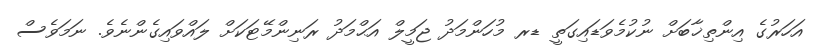
އަހަރުގެ އިންތިޚާބަށް ނުކުމެވަޑައިގަތީ ޑރ މުހަންމަދު ޖަމީލް އަޙްމަދު ރަނިންމޭޓަކަށް ލައްވައިގެންނެވެ. ނަމަވެސް